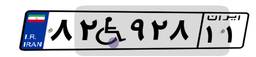
۸۲W۹۲۸۱۱